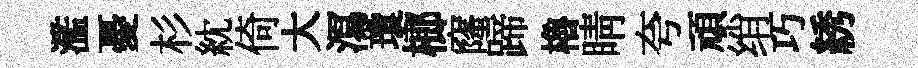
濫憂杉紞倚大㵼瓊榔窿蹄櫓睛夸頑绡巧綉